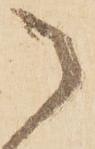
御